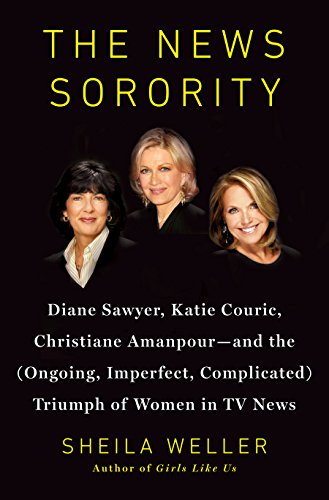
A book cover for The News Sorority: Diane Sawyer, Katie Couric, Christiane Amanpour-and the (Ongoing, Imperfect, Complicated) Triumph of Women in TV News; Sheila Weller; Biographies & Memoirs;